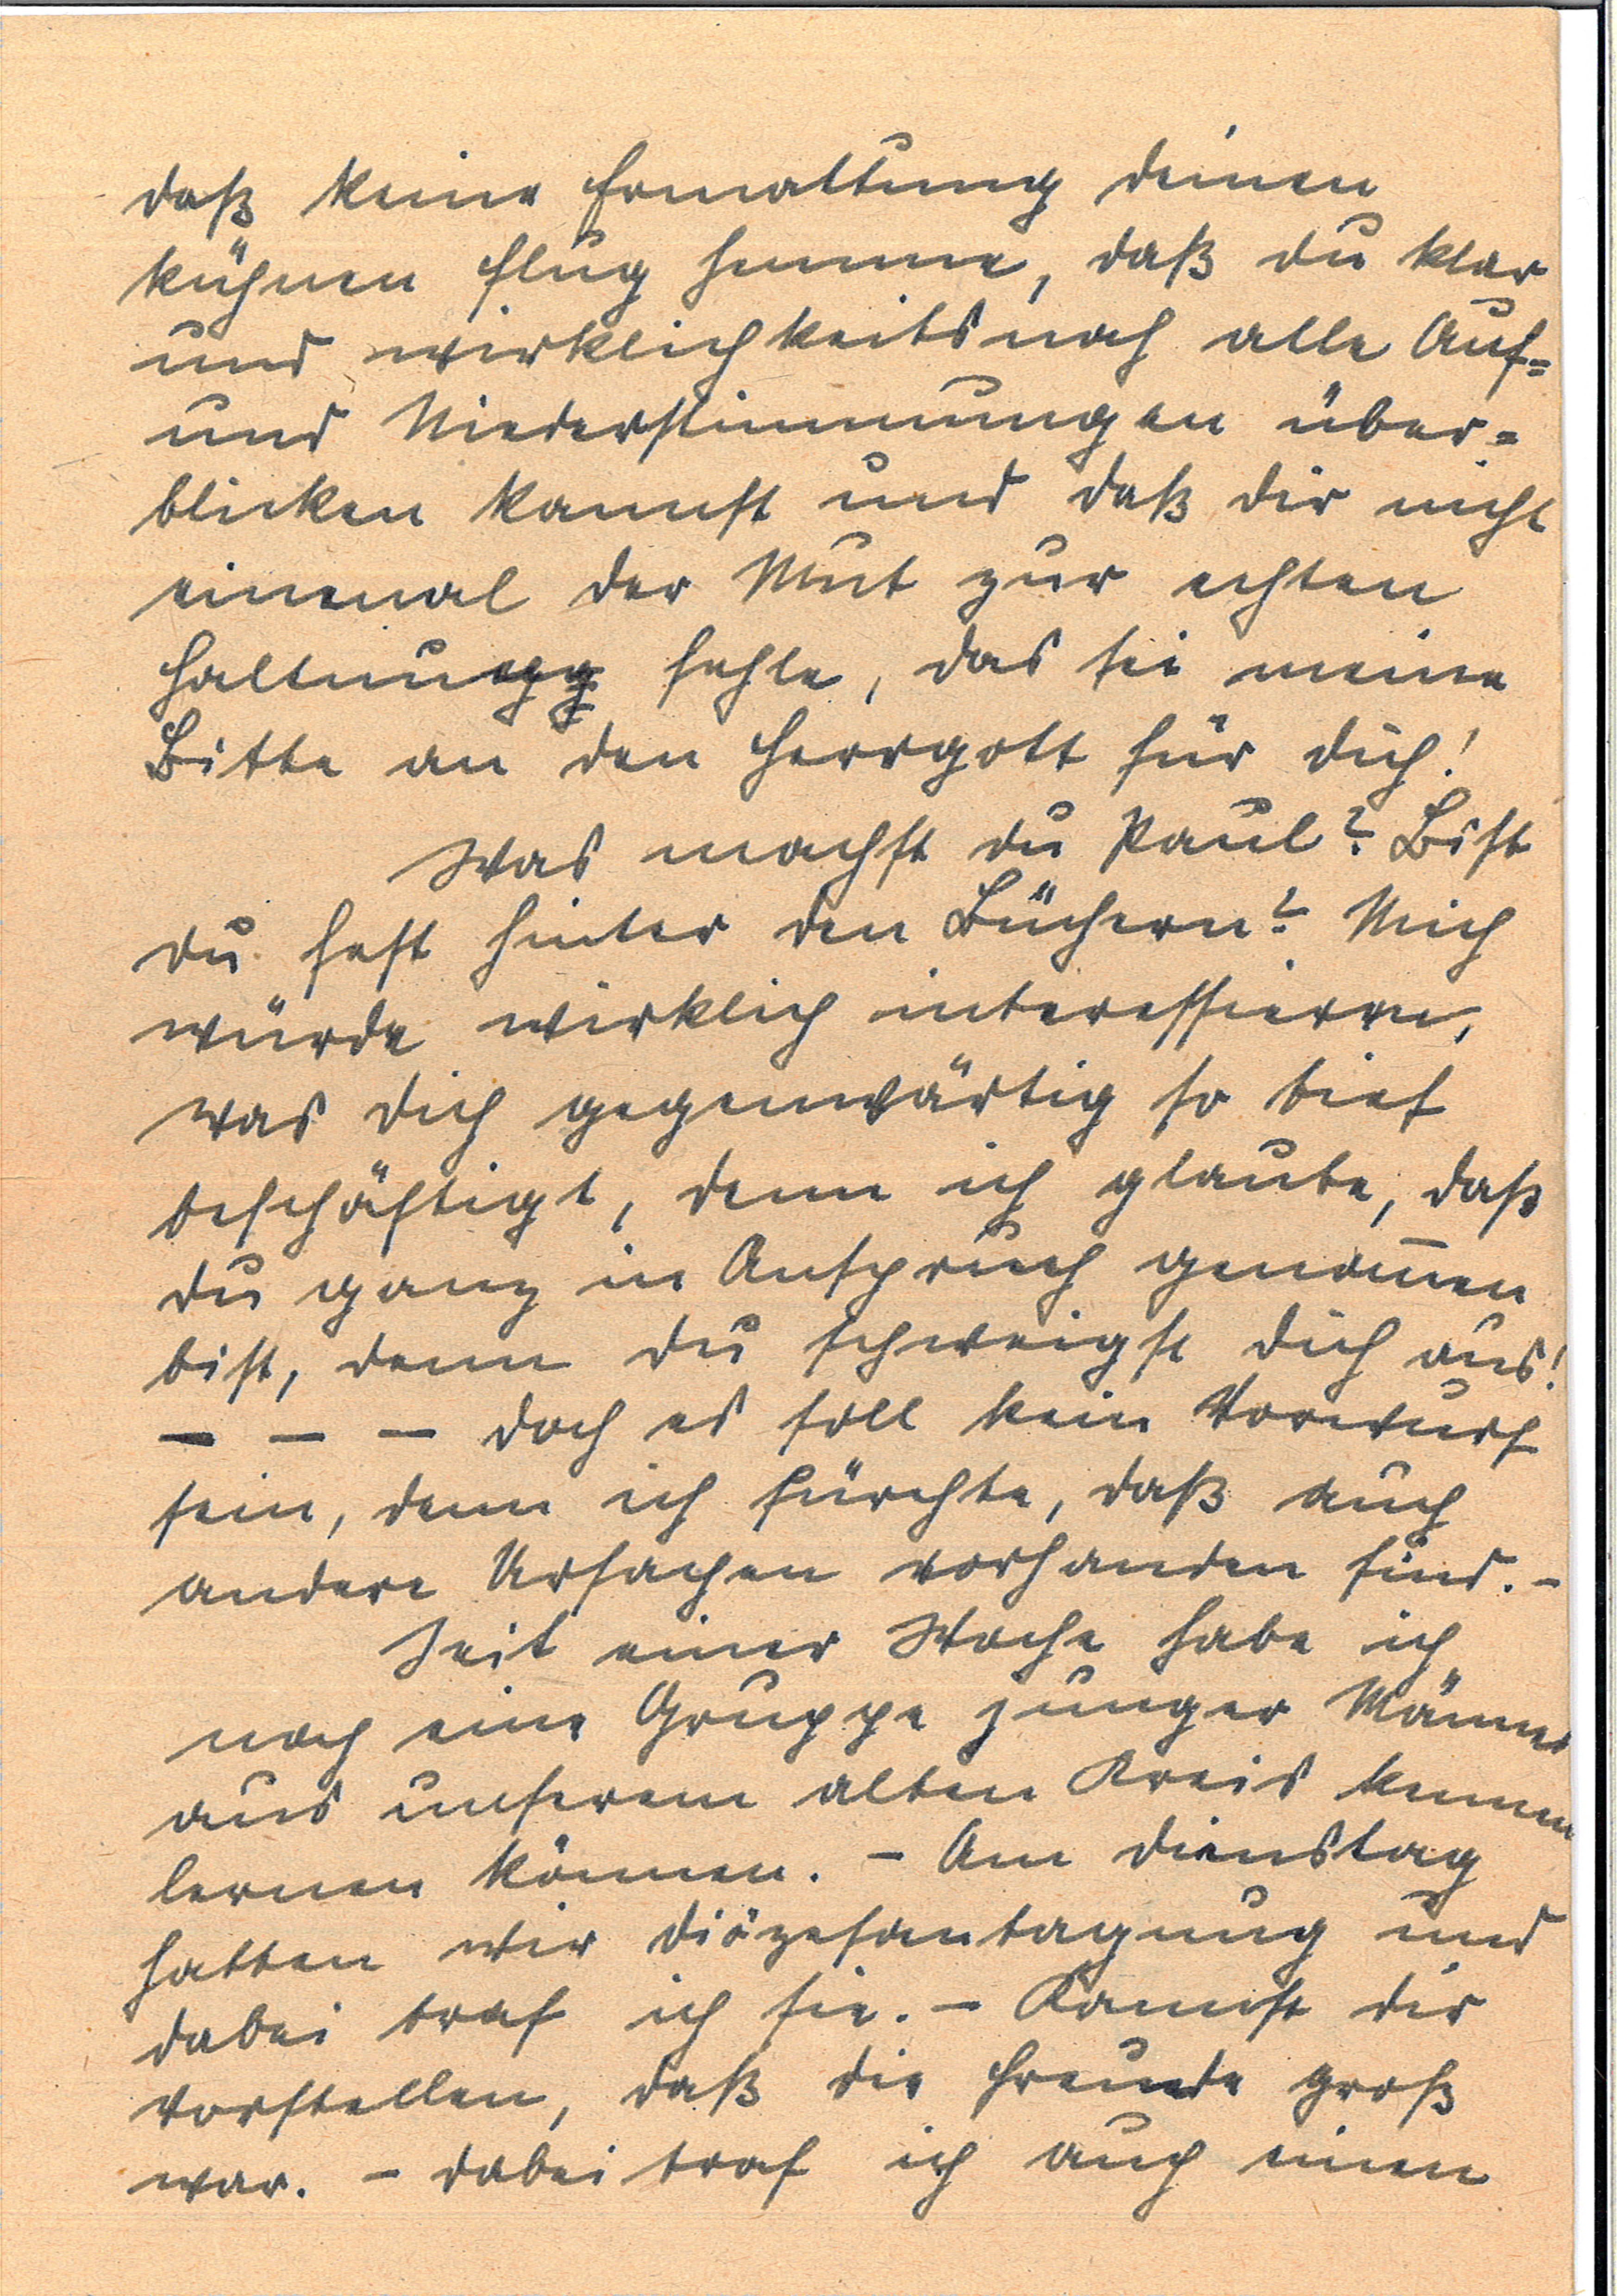
daß keine Ermattung deinen
kühnen Flug hemme, daß du klar
und wirklichkeitsnah alle Auf¬
und Niederstimmungen über¬
blicken kannst und daß dir nicht
einmal der Mut zur echten
Haltungg fehle, das sei meine
Bitte an den Herrgott für dich!
Was machst du Paul? Bist
du fest hinter den Büchern? Mich
würde wirklich interessieren,
was dich gegenwärtig so tief
beschäftigt, denn ich glaube, daß
du ganz in Anspruch genommen
bist, denn du schweigst dich aus!
- - - doch es soll kein Vorwurf
sein, denn ich fürchte, daß auch
andere Ursachen vorhanden sind. -
Seit einer Woche habe ich
noch eine Gruppe junger Männer
aus unserem alten Kreis kennen
lernen können. - Am Dienstag
hatten wir Diözesantagung und
dabei traf ich sie. - Kannst dir
vorstellen, daß die Freude groß
war. - dabei traf ich auch einen